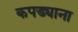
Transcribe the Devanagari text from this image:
कपड्याना